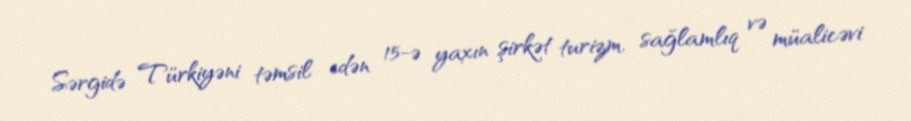
Sərgidə Türkiyəni təmsil edən 15-ə yaxın şirkət turizm, sağlamlıq və müalicəvi